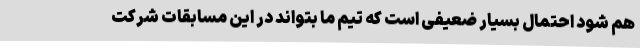
هم ‌شود احتمال بسیار ضعیفی است که تیم ما بتواند در این مسابقات شرکت